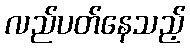
လည်ပတ်နေသည့်